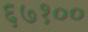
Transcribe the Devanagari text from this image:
६७१००